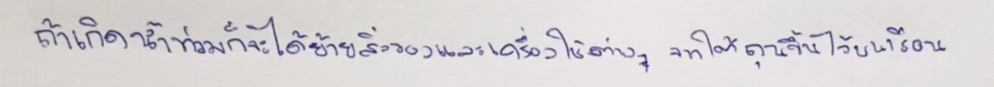
ถ้าเกิดน้ำท่วมก็จะได้ย้ายสิ่งของและเครื่องใช้ต่างๆจากใต้ถุนขึ้นไว้บนเรือน